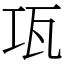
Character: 瓨